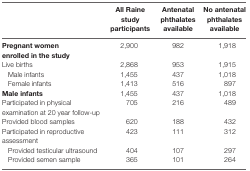
<table><thead><tr><td></td><td><b>All Raine study participants</b></td><td><b>Antenatal phthalates available</b></td><td><b>No antenatal phthalates available</b></td></tr></thead><tbody><tr><td><b>Pregnant women enrolled in the study</b></td><td>2,900</td><td>982</td><td>1,918</td></tr><tr><td>Live births</td><td>2,868</td><td>953</td><td>1,915</td></tr><tr><td> Male infants</td><td>1,455</td><td>437</td><td>1,018</td></tr><tr><td> Female infants</td><td>1,413</td><td>516</td><td>897</td></tr><tr><td><b>Male infants</b></td><td>1,455</td><td>437</td><td>1,018</td></tr><tr><td>Participated in physical examination at 20 year follow-up</td><td>705</td><td>216</td><td>489</td></tr><tr><td>Provided blood samples</td><td>620</td><td>188</td><td>432</td></tr><tr><td>Participated in reproductive assessment</td><td>423</td><td>111</td><td>312</td></tr><tr><td> Provided testicular ultrasound</td><td>404</td><td>107</td><td>297</td></tr><tr><td> Provided semen sample</td><td>365</td><td>101</td><td>264</td></tr></tbody></table>